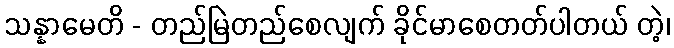
သန္နာမေတိ - တည်မြဲတည်စေလျက် ခိုင်မာစေတတ်ပါတယ် တဲ့၊